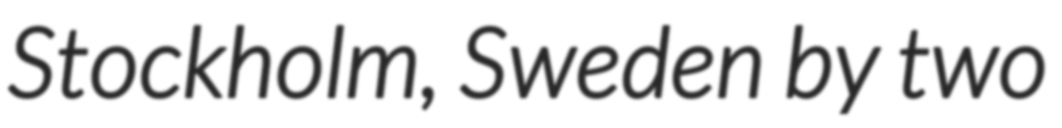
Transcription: Stockholm, Sweden by two